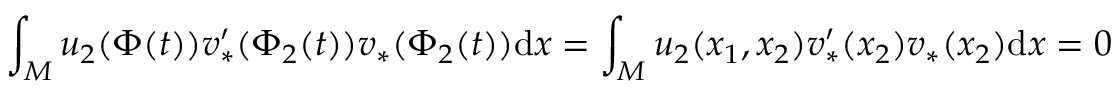
\int _ { M } u _ { 2 } ( \Phi ( t ) ) v _ { * } ^ { \prime } ( \Phi _ { 2 } ( t ) ) v _ { * } ( \Phi _ { 2 } ( t ) ) \mathrm { d } x = \int _ { M } u _ { 2 } ( x _ { 1 } , x _ { 2 } ) v _ { * } ^ { \prime } ( x _ { 2 } ) v _ { * } ( x _ { 2 } ) \mathrm { d } x = 0